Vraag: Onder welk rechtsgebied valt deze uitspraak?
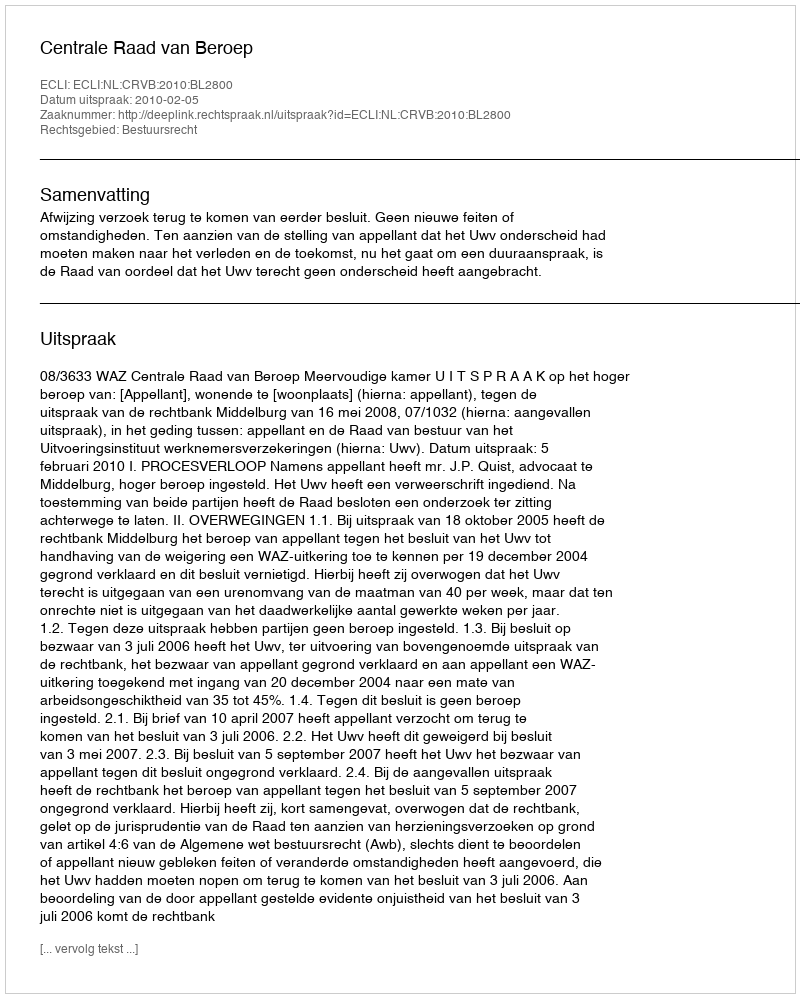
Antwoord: Bestuursrecht